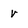
Character: v